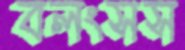
বলংসস